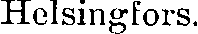
Helsingfors.